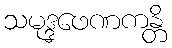
သမုဒ္ဒဖေဏကန္တိ